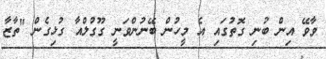
ވާވޭ އިން ބުނި ގޮތުގައި އެ މީހުން ބޭނުންވަނީ ގޫގުލްއާ ގުޅިގެން "ތާޒާ